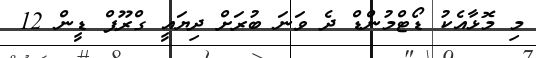
މި މޮޅާއެކު ޑޯޓްމުންޑް ދެ ވަނަ ބުރަށް ދިޔައީ ގްރޫޕް ޑީން 12